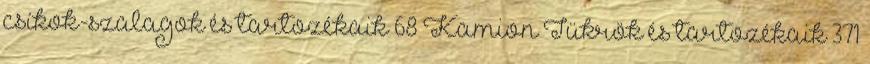
csíkok-szalagok és tartozékaik 68 Kamion Tükrök és tartozékaik 371